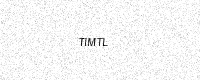
Text: TIMTL